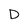
Character: D